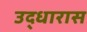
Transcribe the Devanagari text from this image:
उद्धारास